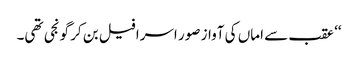
‘‘ عقب سے اماں کی آواز صور اسرافیل بن کر گونجی تھی۔